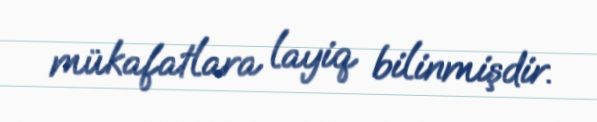
mükafatlara layiq bilinmişdir.